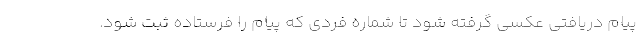
پیام دریافتی عکسی گرفته شود تا شماره فردی که پیام را فرستاده ثبت شود.